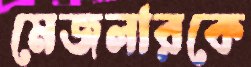
মেজলারকে